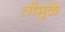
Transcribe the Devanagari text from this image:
तीमुळे